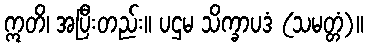
ဣတိ၊ အပြီးတည်း။ ပဌမ သိက္ခာပဒံ (သမတ္တံ)။